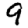
Digit: 9